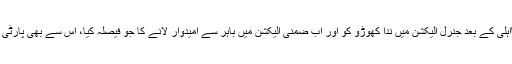
یہ بھی کہا جاتا ہے کہ پارٹی نے نثار کھوڑو کی نااہلی کے بعد جنرل الیکشن میں ندا کھوڑو کو اور اب ضمنی الیکشن میں باہر سے امیدوار لانے کا جو فیصلہ کیا، اس سے بھی پارٹی کے ووٹر اور ہمدردوں پر منفی اثرات مرتب ہوئے۔